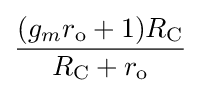
{\frac {(g_{m}r_{\text{o}}+1)R_{\text{C}}}{R_{\text{C}}+r_{\text{o}}}}